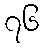
၇၆